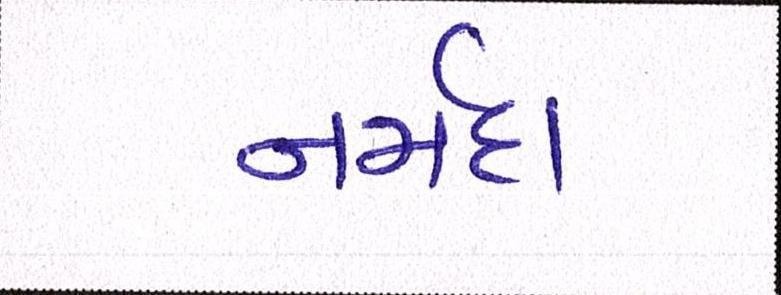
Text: નર્મદા